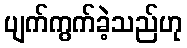
ပျက်ကွက်ခဲ့သည်ဟု